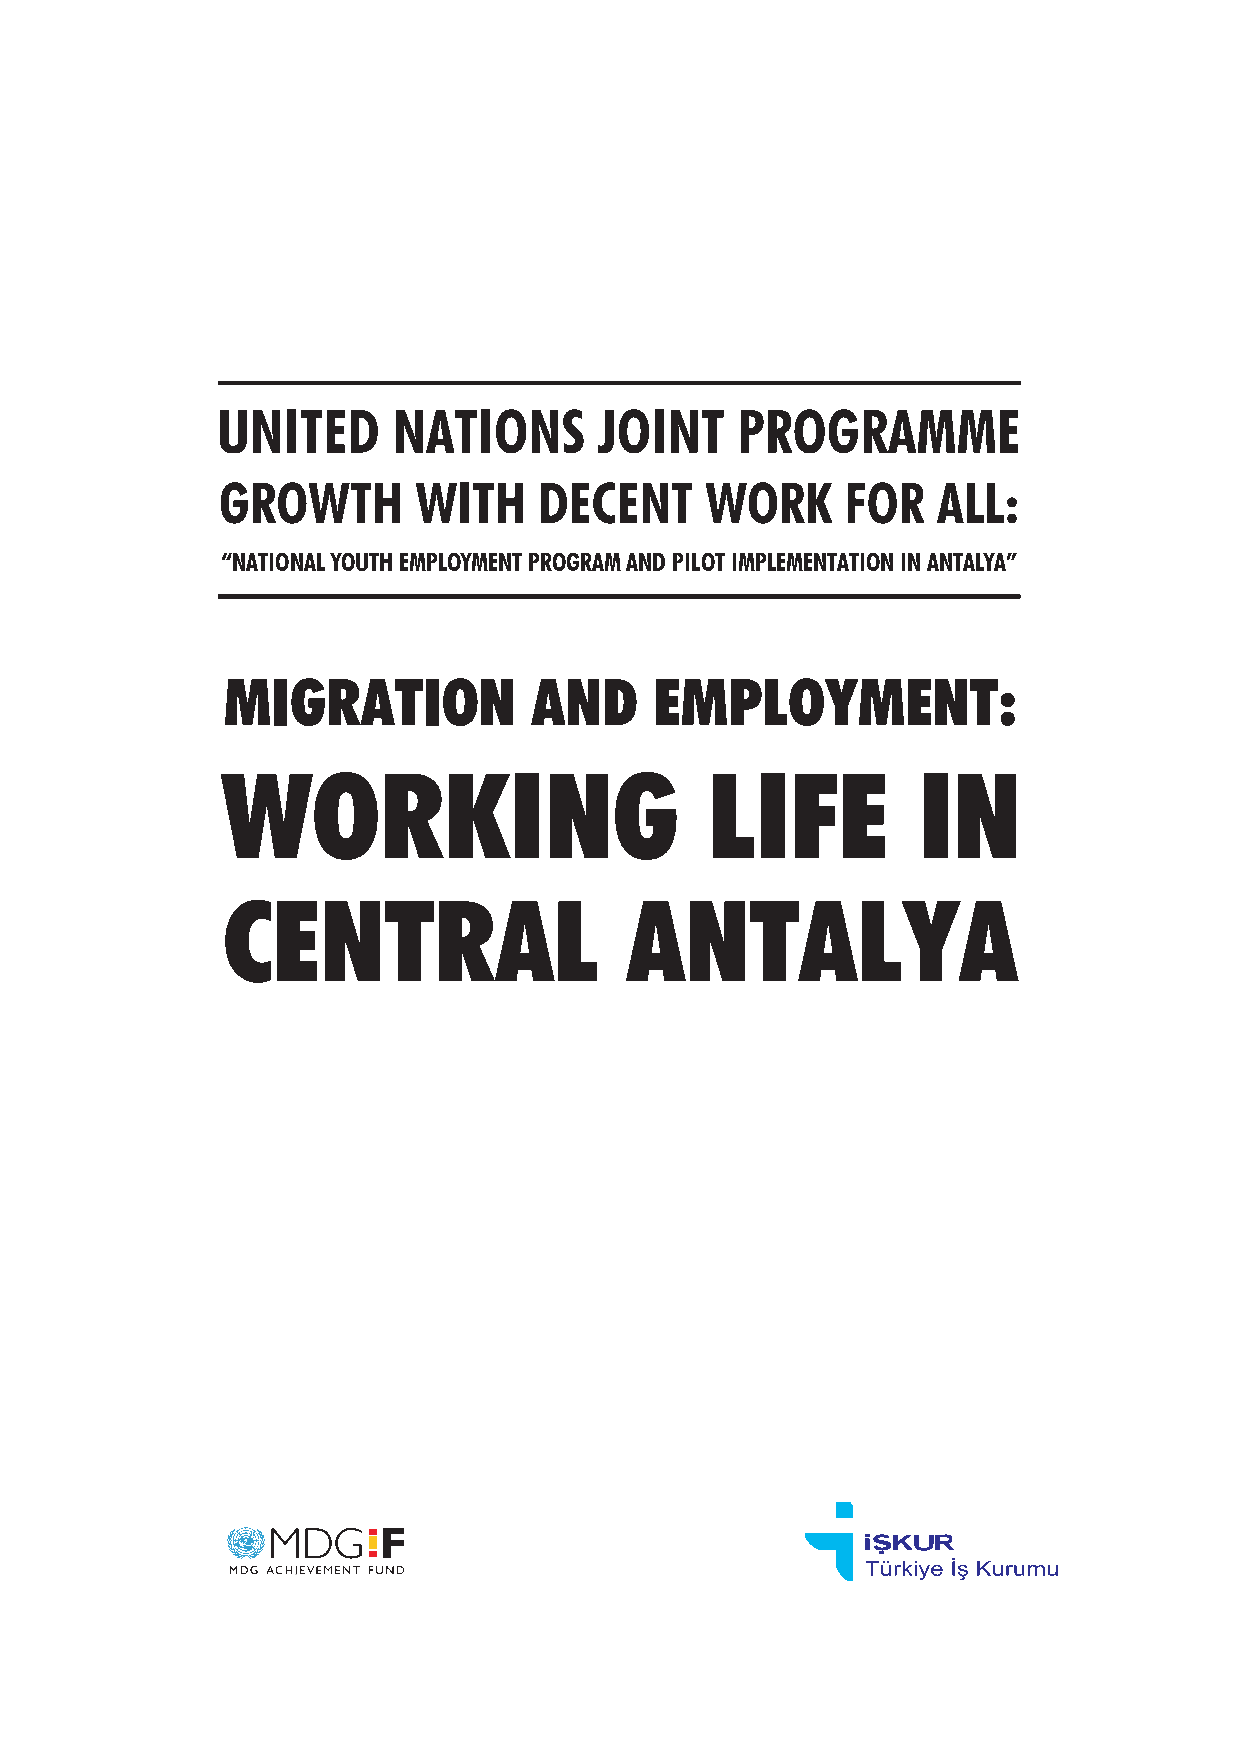
UNITED      NATIONS       JOINT    PROGRAMME
 GROWTH        WITH    DECENT     WORK     FOR   ALL:
 “NATIONAL YOUTH EMPLOYMENT PROGRAM AND PILOT IMPLEMENTATION IN ANTALYA”
 MIGRATION           AND     EMPLOYMENT:
 WORKING                         LIFE          IN
 CENTRAL                   ANTALYA